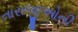
તારાજીઓની